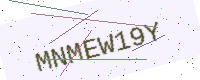
Text: MNMEW19Y